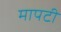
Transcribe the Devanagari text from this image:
मापटी